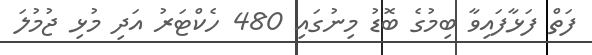
ފަތް ފަޅާފައިވާ ބިމުގެ ބޮޑު މިނުގައި 480 ހެކްޓަރު އަދި މުޅި ޖުމުލަ